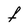
Character: F